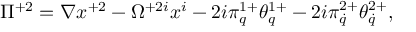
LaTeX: \Pi ^ { + 2 } = \nabla x ^ { + 2 } - \Omega ^ { + 2 i } x ^ { i } - 2 i \pi _ { q } ^ { 1 + } \theta _ { q } ^ { 1 + } - 2 i \pi _ { \dot { q } } ^ { 2 + } \theta _ { \dot { q } } ^ { 2 + } ,